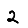
Digit: 2